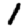
Digit: 1